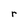
Character: r